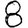
Digit: 8